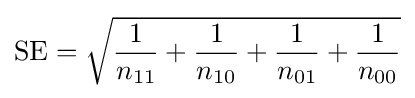
{{\rm {SE}}={\sqrt {{\dfrac {1}{n_{11}}}+{\dfrac {1}{n_{10}}}+{\dfrac {1}{n_{01}}}+{\dfrac {1}{n_{00}}}}}}